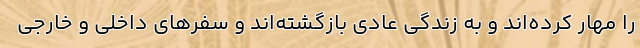
را مهار کرده‌اند و به زندگی عادی بازگشته‌اند و سفرهای داخلی و خارجی